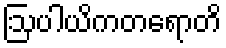
ဩပါယိကတရောတိ